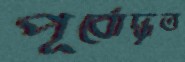
পূর্বোদ্ধৃত